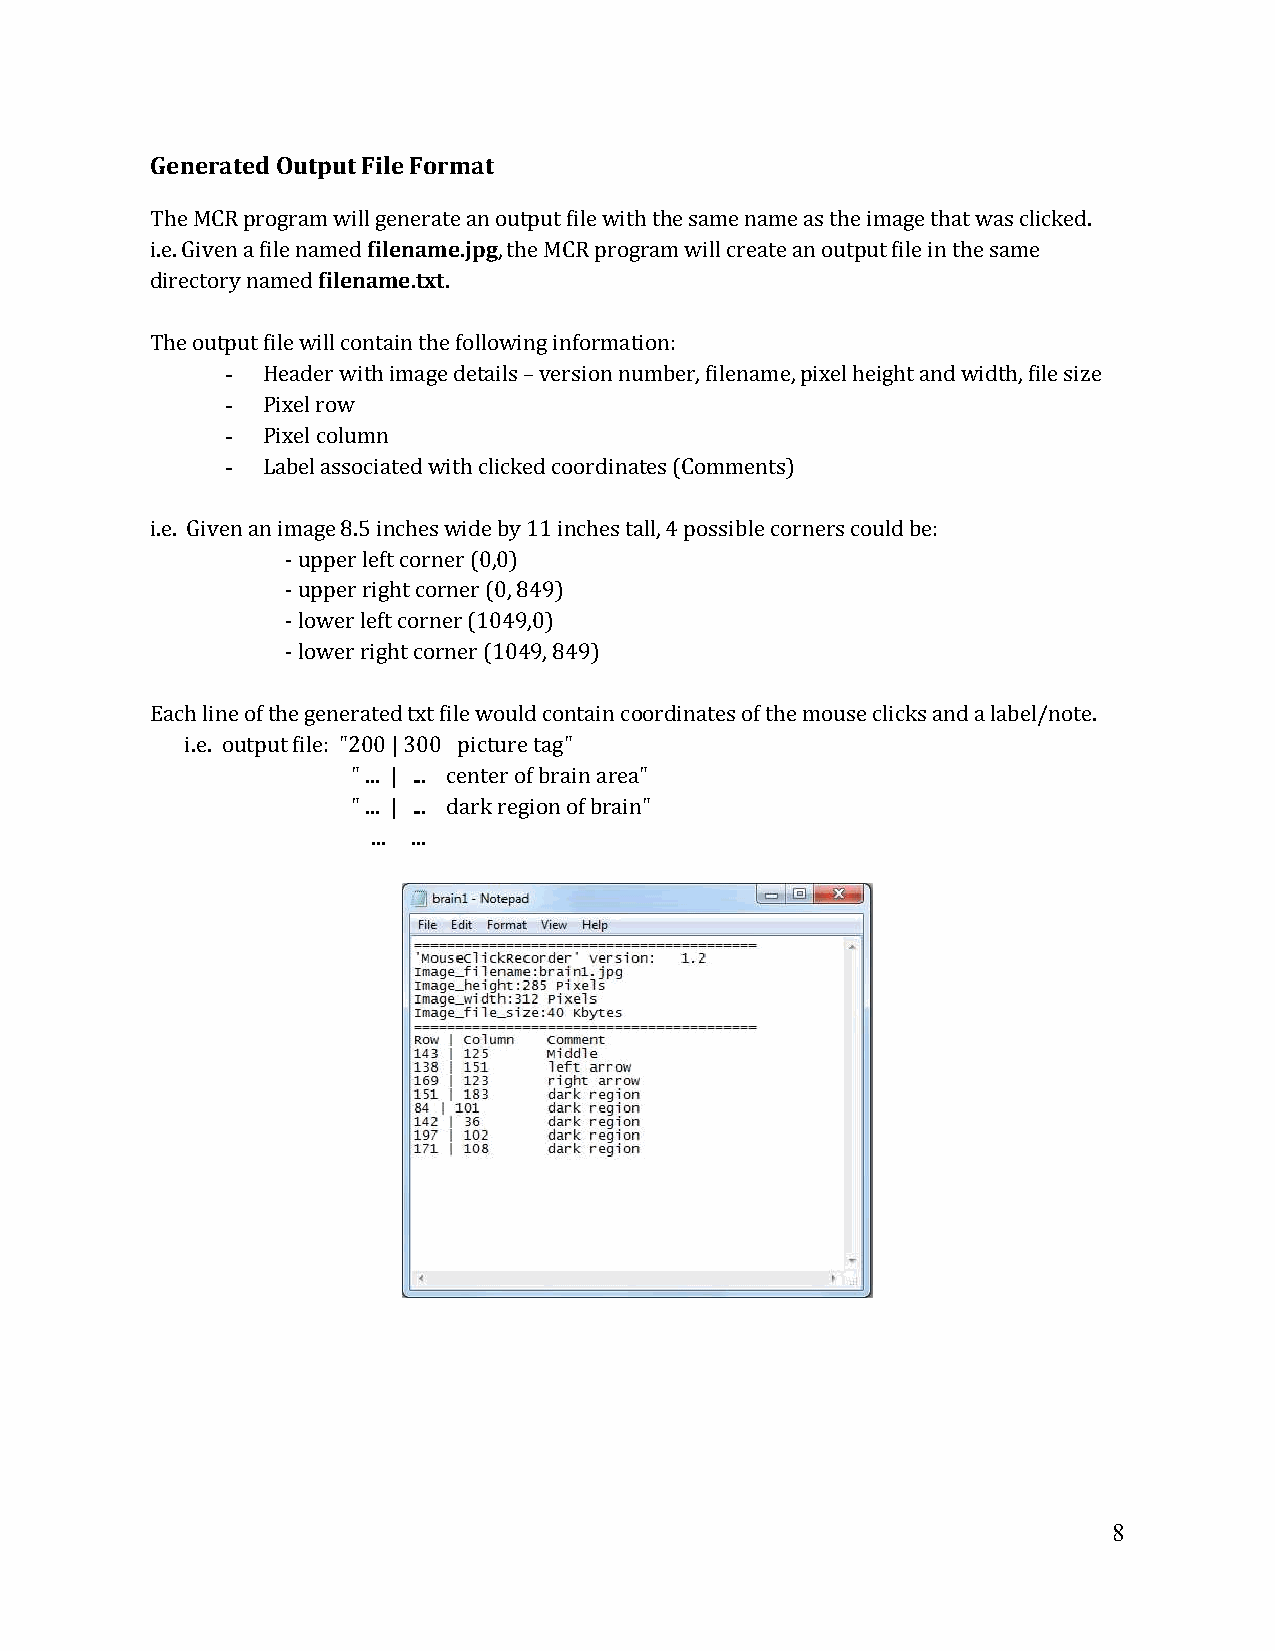
Generated Output File Format
 The MCR program will generate an output file with the same name as the image that was clicked.
 i.e. Given a file named filename.jpg, the MCR program will create an output file in the same
 directory named filename.txt.
 The output file will contain the following information:
 - Header with image details – version number, filename, pixel height and width, file size
 - Pixel row
 - Pixel column
 - Label associated with clicked coordinates (Comments)
 i.e. Given an image 8.5 inches wide by 11 inches tall, 4 possible corners could be:
 - upper left corner (0,0)
 - upper right corner (0, 849)
 - lower left corner (1049,0)
 - lower right corner (1049, 849)
 Each line of the generated txt file would contain coordinates of the mouse clicks and a label/note.
 i.e. output file: "200 | 300 picture tag"
 " ... | ... center of brain area"
 " ... | ... dark region of brain"
 ... ...
 8